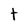
Character: t